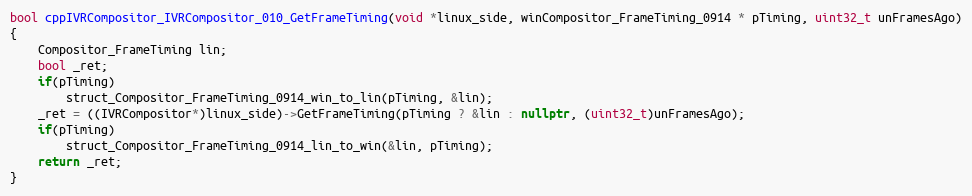
Language: C++
bool cppIVRCompositor_IVRCompositor_010_GetFrameTiming(void *linux_side, winCompositor_FrameTiming_0914 * pTiming, uint32_t unFramesAgo)
{
    Compositor_FrameTiming lin;
    bool _ret;
    if(pTiming)
        struct_Compositor_FrameTiming_0914_win_to_lin(pTiming, &lin);
    _ret = ((IVRCompositor*)linux_side)->GetFrameTiming(pTiming ? &lin : nullptr, (uint32_t)unFramesAgo);
    if(pTiming)
        struct_Compositor_FrameTiming_0914_lin_to_win(&lin, pTiming);
    return _ret;
}